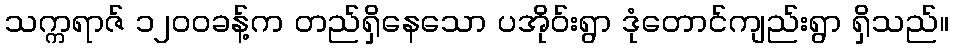
သက္ကရာဇ် ၁၂၀၀ခန့်က တည်ရှိနေသော ပအိုဝ်းရွာ ဒုံတောင်ကျည်းရွာ ရှိသည်။